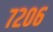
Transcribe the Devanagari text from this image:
७२०६